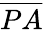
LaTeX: \overline{{PA}}